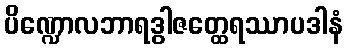
ပိဏ္ဍောလဘာရဒွါဇတ္ထေရဿာပဒါနံ